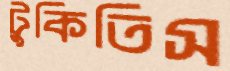
টুকিতিস